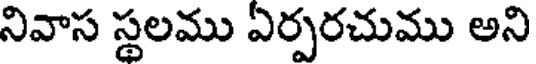
నివాస స్థలము ఏర్పరచుము అని